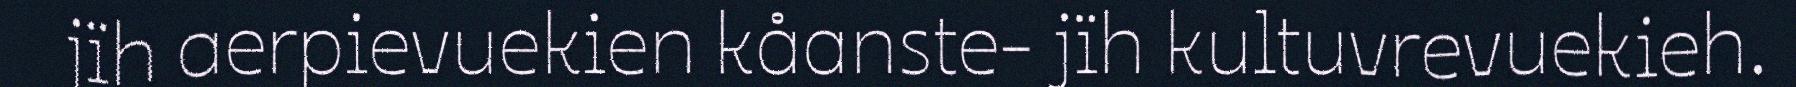
jïh aerpievuekien kåanste- jïh kultuvrevuekieh.